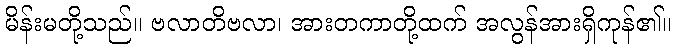
မိန်းမတို့သည်။ ဗလာတိဗလာ၊ အားတကာတို့ထက် အလွန်အားရှိကုန်၏။